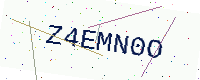
Text: Z4EMN0O